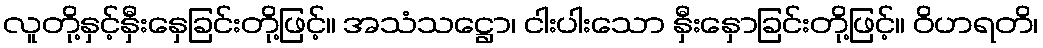
လူတို့နှင့်နှီးနှေခြင်းတို့ဖြင့်။ အသံသဋ္ဌော၊ ငါးပါးသော နှီးနှောခြင်းတို့ဖြင့်။ ဝိဟရတိ၊